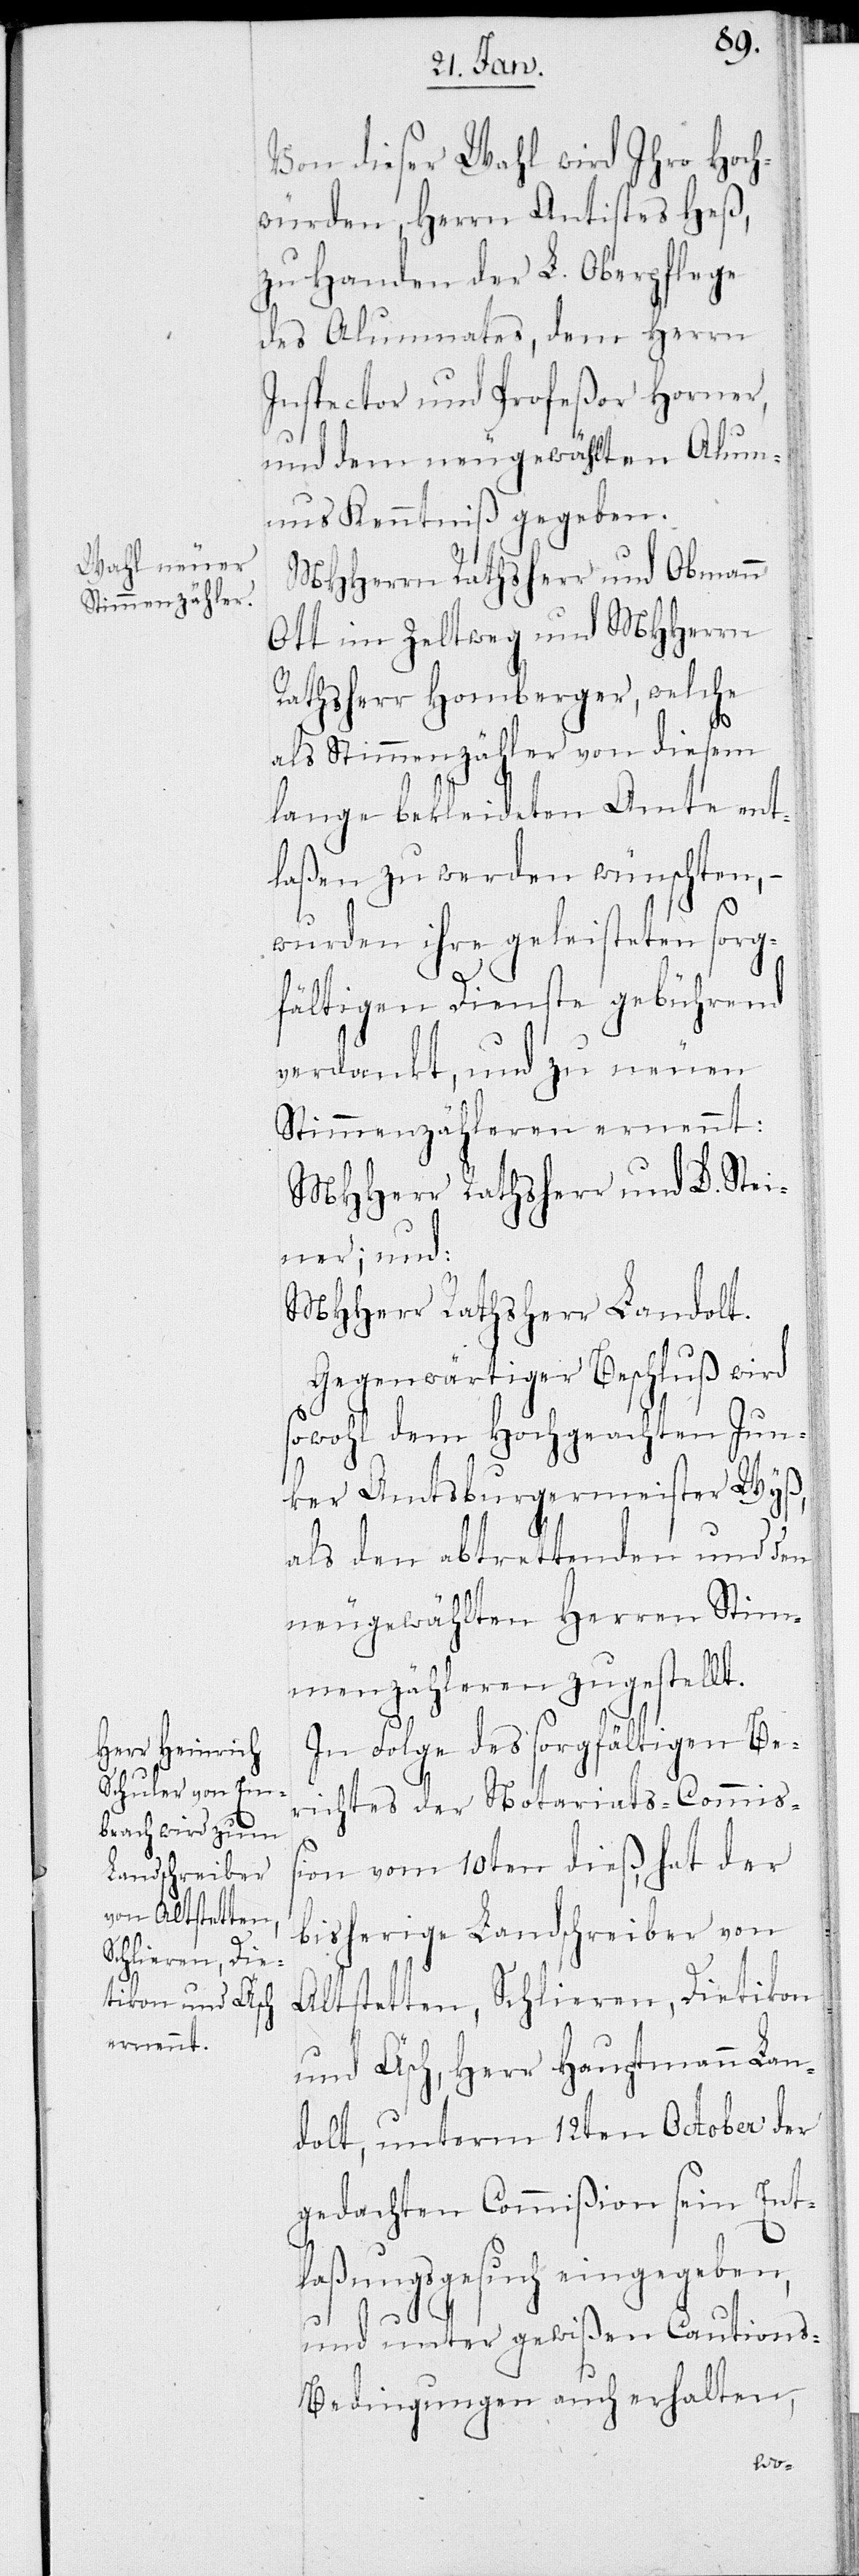
Von dieser Wahl wird Ihro Hoch¬
würden, Herrn Antistes Heß,
zu Handen der L. Oberpflege
des Alumnates, dem Herrn
Inspector und Profeßor Horner,
und dem neugewählten Alumn¬
us Kenntniß gegeben.
MHHerrn Rathsherr und Obmann
Ott im Zeltweg und MHHerrn
Rathsherr Homberger, welche
als Stimmenzähler von diesem
lange bekleideten Amte ent¬
laßen zu werden wünschten, –
wurden ihre geleisteten sorg¬
fältigen Dienste gebührend
verdankt, und zu neuen
Stimmenzähleren ernennt:
MHHerr Ratsherr und D. Stei¬
ner; und:
MHHerr Rathsherr Landolt.
Gegenwärtiger Beschluß wird
sowohl dem Hochgeachten Jun¬
ker Amtsburgermeister Wyß,
als den abtrettenden und den
neugewählten Herren Stim¬
menzähleren zugestellt.
In Folge des sorgfältigen Be¬
richtes der Notariats-Commiß¬
ion vom 10ten dieß, hat der
bisherige Landschreiber von
Altstetten, Schlieren, Dietikon
und Äsch, Herr Hauptmann Lan¬
dolt, unterm 12ten October der
gedachten Commißion sein Ent¬
laßungsgesuch eingegeben,
und unter gewißen Caution¬
s-Bedingungen auch erhalten,